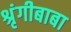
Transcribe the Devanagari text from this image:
श्रृंगीबाबा